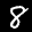
Label: 8